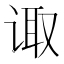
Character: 诹